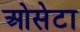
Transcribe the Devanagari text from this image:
ओसेटा